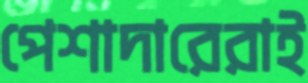
পেশাদারেরাই